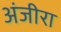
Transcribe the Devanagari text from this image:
अंजीरा